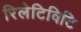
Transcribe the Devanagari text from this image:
रिलेटिविटि